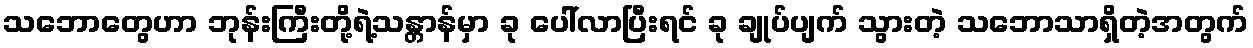
သဘောတွေဟာ ဘုန်းကြီးတို့ရဲ့သန္တာန်မှာ ခု ပေါ်လာပြီးရင် ခု ချုပ်ပျက် သွားတဲ့ သဘောသာရှိတဲ့အတွက်